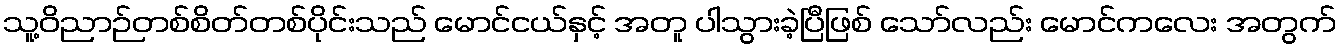
သူ့ဝိညာဉ်တစ်စိတ်တစ်ပိုင်းသည် မောင်ငယ်နှင့် အတူ ပါသွားခဲ့ပြီဖြစ် သော်လည်း မောင်ကလေး အတွက်